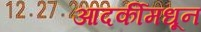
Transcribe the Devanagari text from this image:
आदर्कीमधून